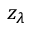
z _ { \lambda }